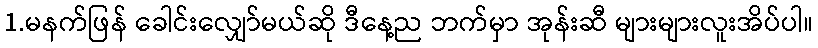
1.မနက်ဖြန် ခေါင်းလျှော်မယ်ဆို ဒီနေ့ည ဘက်မှာ အုန်းဆီ များများလူးအိပ်ပါ။